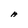
Character: A